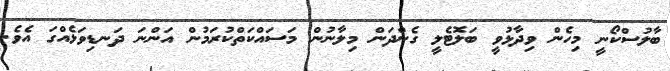
ބާލުސްކޯނީ މިހެން ވިދާޅުވީ ބަލޮޓެލީ ގެންދަން މިލާނުން މަސައްކަތްކުރަމުން އަންނަ ދަނޑިވަޅެއްގަ އެވެ.